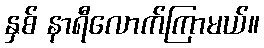
နှစ် နာရီလောက်ကြာမယ်။